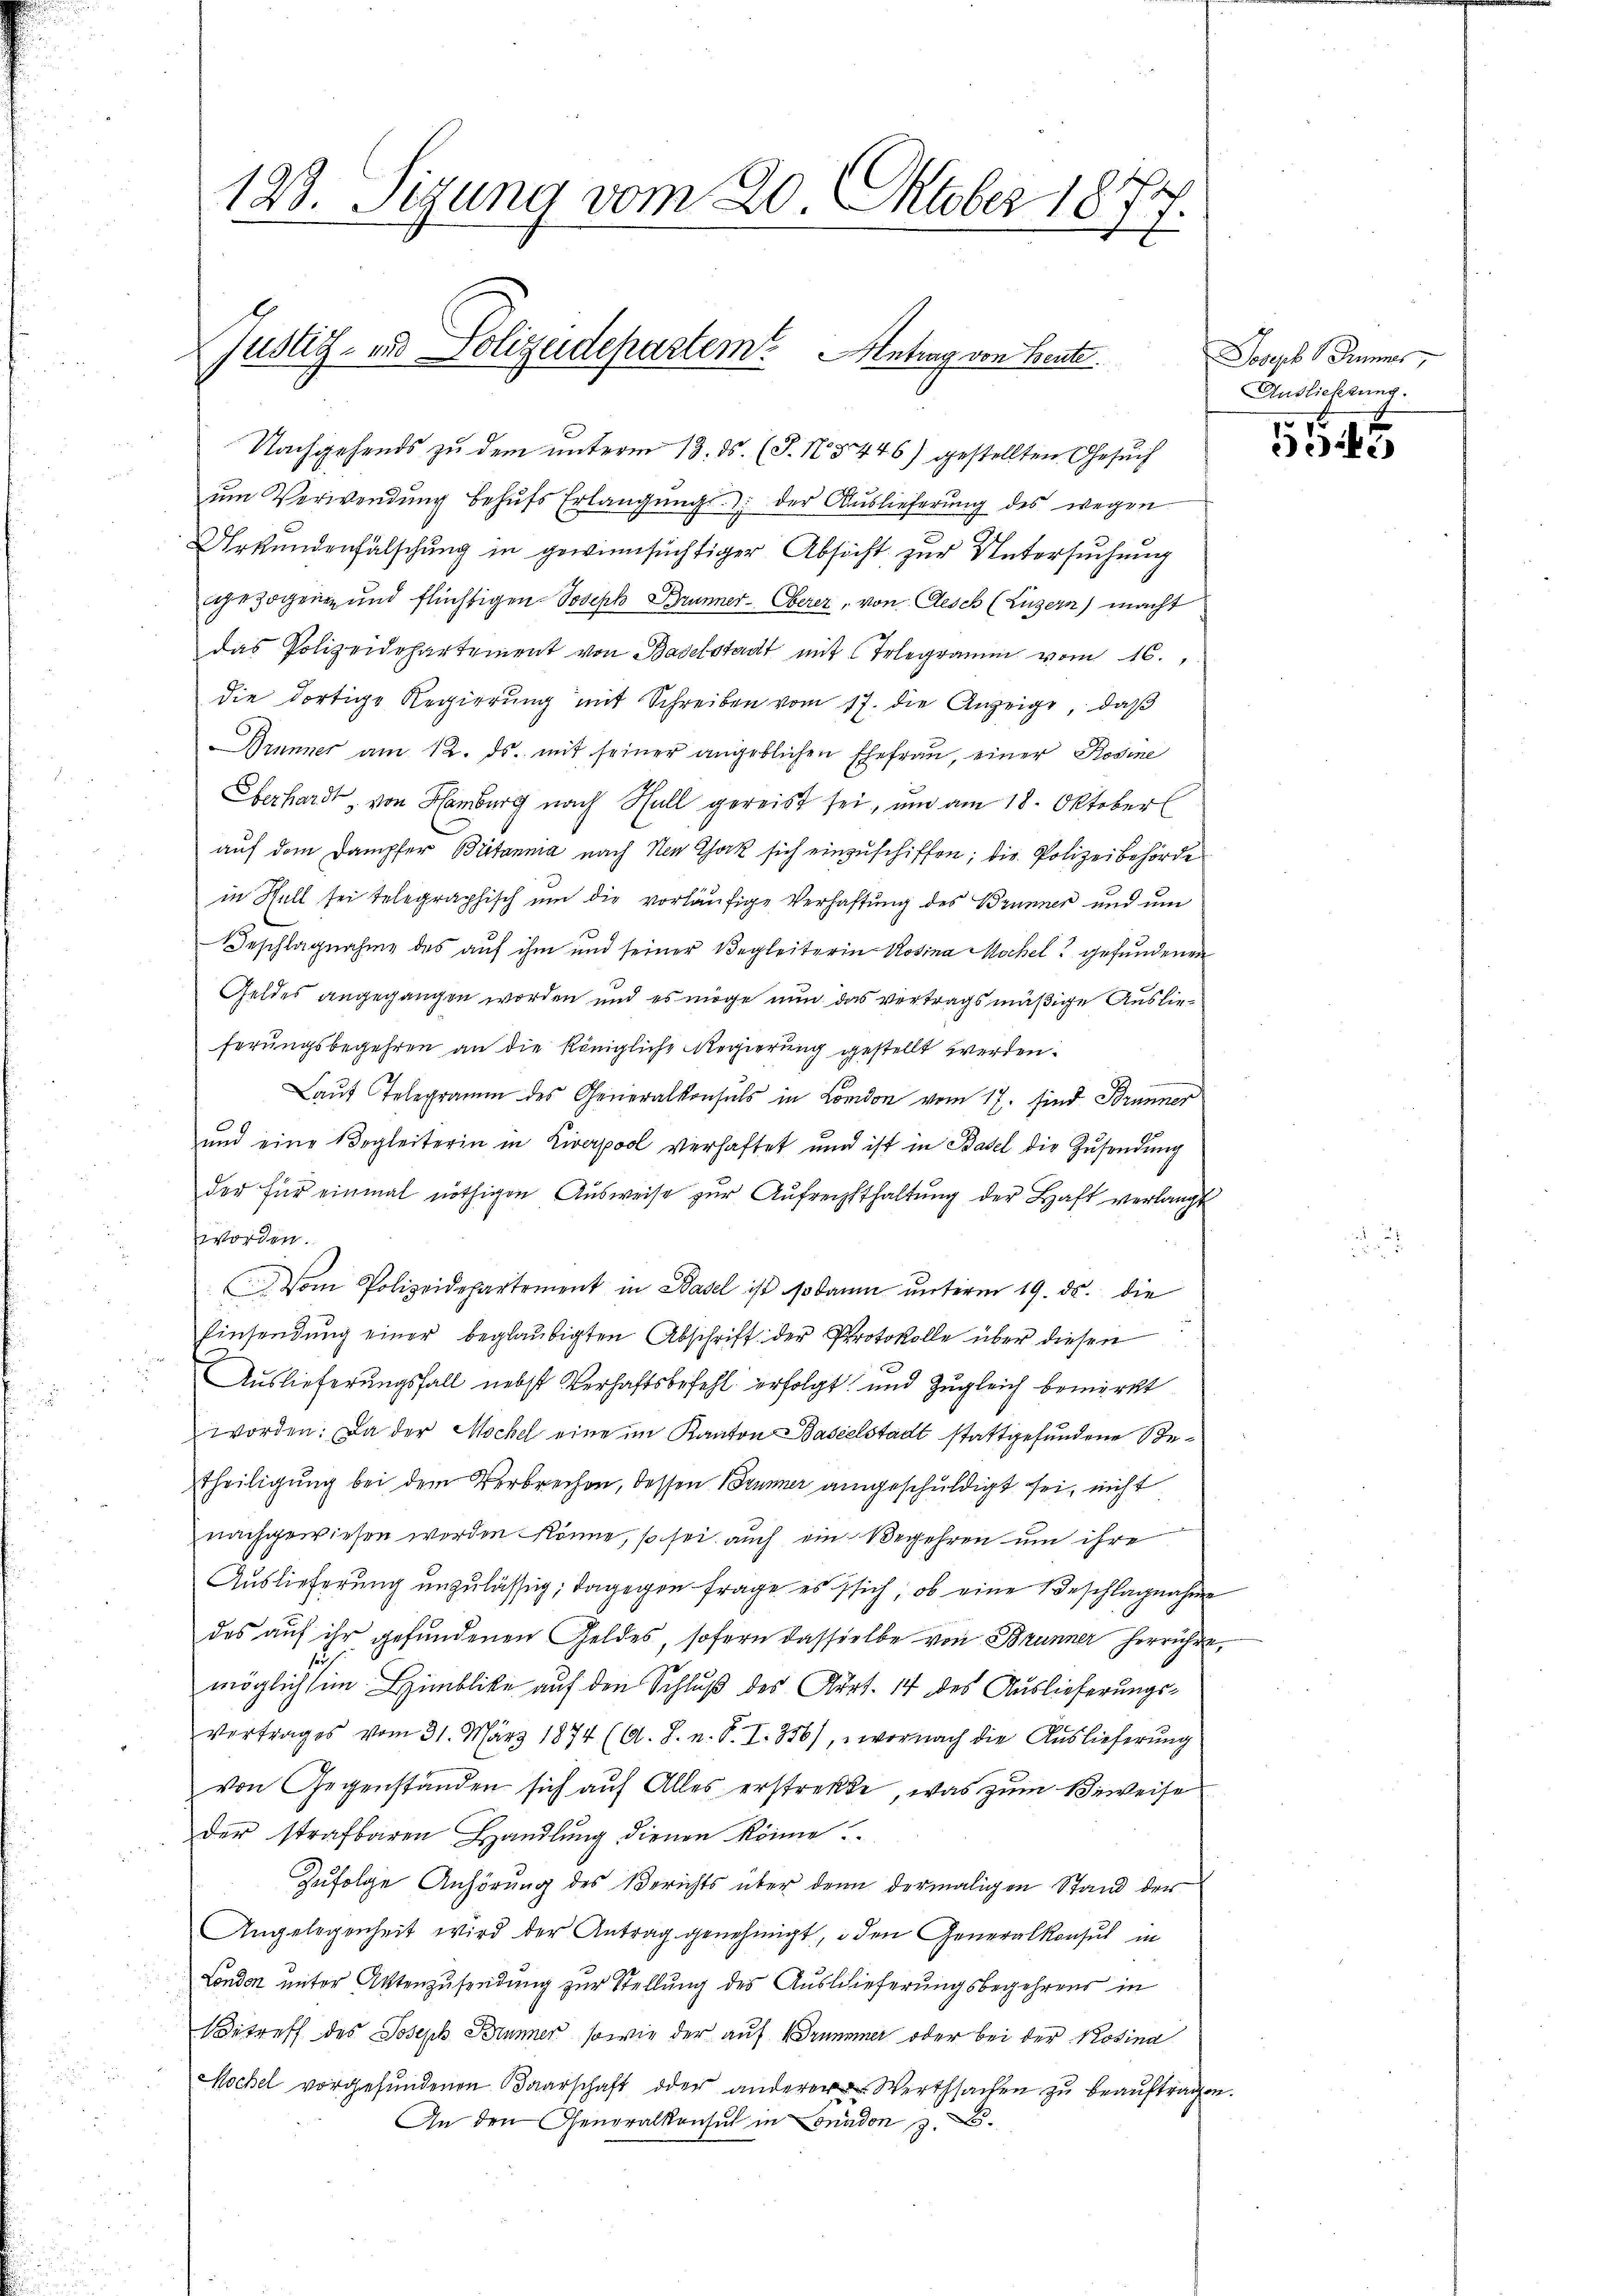
123. Sigung vom 20. Oktober 1877.

Nachgehends zu dem unterm 13. ds. (T. N. 5446) gestellten Gesuch
ŭm Verwendung behŭfs Erlangung; der Auslieferung des wegen
Urkundenfälschung in gewinnsüchtiger Absicht zur Untersuchung
gezogen und flüchtigen Joseph Brunner-Oberer, von Aesch (Luzern, macht
das Polizeidehartement von Baselstadt mit Telegramm vom 16.
die dortige Regierung mit Schreiben vom 17. die Anzeige, daß
Brunner am 12. ds. mit seiner angeblichen Ehefrau, einer Rosine
Oberhardt, von Hamburg nach Hall gereist sei, um am 18. Oktober
auf dem Dampfer Britannia nach Nen Chork sich einzuschiffen; die Polizeibehörde
in Hall sei telegraphisch um die vorläufige Verhaftung des Brunner und um
Beschlagnahme des auf ihm und seiner Begleiterin Rosina Mochel gefundenen
Geldes angegangen worden und es möge nun das vertragsmäßige Auslieferungsbegehren an die königliche Regierung gestellt werden.
Laŭt Telegramm des Generalkonsuls in London vom 17. sind Brunner
und eine Begleiterin in Liverpool verhaftet und ist in Basel die Zŭsendung
der für einmal nöthigen Ausweise zur Aufrechsthaltung der Haft verlangt
worden.
Vom Polizeidepartement in Basel ist sodann unterm 19. ds. die
Einsendung einer beglaubigten Abschrift der Protokolle über diesen
Auslieferungsfall nebst Verhaftsbefehl erfolgt und Zugleich bemerkt
worden: Da der Mochel eine im Kanton Baselstadt stattgefundene Be¬
Theiligung bei dem Verbrechen, dessen Brunner angeschuldigt sei, nicht
nachgewiesen worden könne, so sei auch ein Begehren um ihre
Auslieferung unzulässig; dagegen Frage es sich, ob eine Beschlagnahme
des auf ihr gefundenen Geldes, sofern dasselbe von Brunner herrühre,
se
möglichsen Himblicke auf den Schluß des Art. 14 des Auslieferungsvertrages vom 31. März 1874 (A. J. n. F. I. 356), wornach die Auslieferung
von Gegenständen sich auf Alles erstrecke, was zum Beweise
der strafbaren Handlung dienen könne.
Zufolge Anhörung des Berichts über denn dermaligen Stand der
Angelegenheit wird der Antrag genehmigt, den Generalkonsul in
London unter Aktenzusendung zur Stellung des Auslieferungsbegehrens in
Betreff des Joseph Brunner, sowie der auf Grunner oder bei der Kosina
Mochel vorgefŭndenen Baarschaft oder anderer Werthsamen zŭ beaŭftragen.
An den Generalkonsul in London z. B.

Justiz- und Polizeidepartem Antrag von Beute

Joseph Bier
Auslieferung.

5